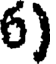
6)